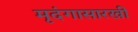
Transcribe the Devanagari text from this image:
मृदंगासारखी